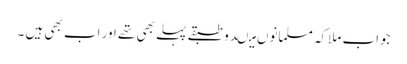
جواب ملاکہ مسلمانوں میںدو طبقے پہلے بھی تھے اور اب بھی ہیں ۔